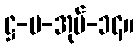
ဋ္ဌ-ပ-အုပ်-၁၄။